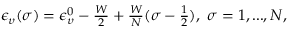
\begin{array} { r } { \epsilon _ { \upsilon } ( \sigma ) = \epsilon _ { \upsilon } ^ { 0 } - \frac { W } { 2 } + \frac { W } { N } ( \sigma - \frac { 1 } { 2 } ) , ~ \sigma = 1 , . . . , N , } \end{array}